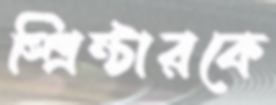
স্প্রিন্টারকে